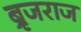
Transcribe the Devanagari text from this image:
ब्रृजराज